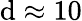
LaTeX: \mathrm{d}\approx10